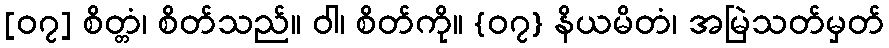
[၀၇] စိတ္တံ၊ စိတ်သည်။ ဝါ၊ စိတ်ကို။ {၀၇} နိယမိတံ၊ အမြဲသတ်မှတ်